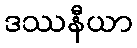
ဒဿနီယာ